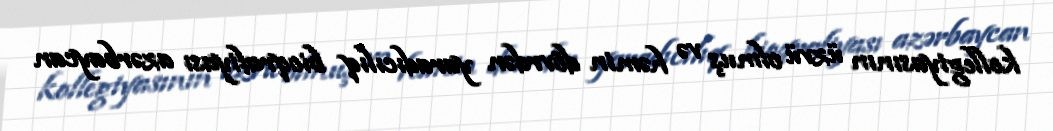
kollegiyasının üzvü olmuş və həmin dövrdən yaradıcılıq bioqrafiyası azərbaycan